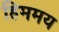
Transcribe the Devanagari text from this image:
हिममय